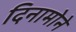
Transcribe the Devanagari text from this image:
दिनामोने